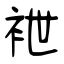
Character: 袣